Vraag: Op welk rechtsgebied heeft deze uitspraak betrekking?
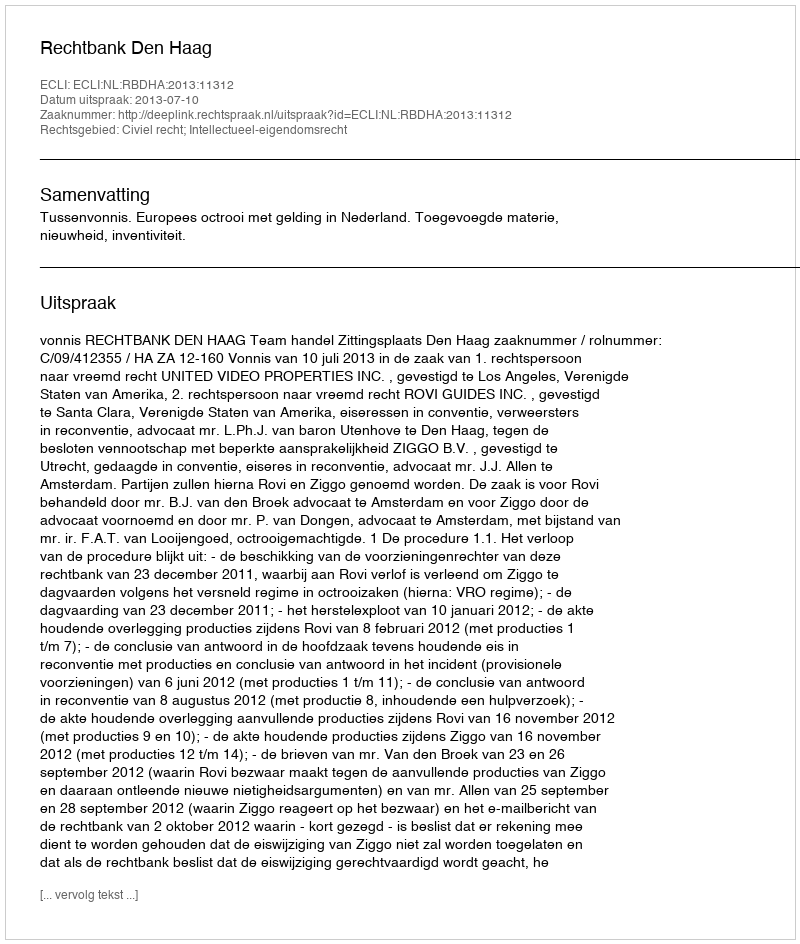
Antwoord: Civiel recht; Intellectueel-eigendomsrecht